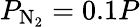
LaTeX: P_{\mathrm{N_{2}}}=0.1P